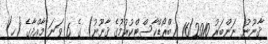
ޤާނޫނު ނަންބަރު 16/2010 (ބްރޯޑްކާސްޓްކުރުމުގެ ޤާނޫނު) ގެ 6 ވަނަ މާއްދާގެ (ހ)